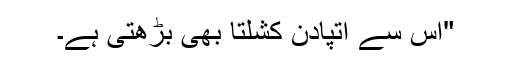
"اس سے اتپادن کشلتا بھی بڑھتی ہے۔